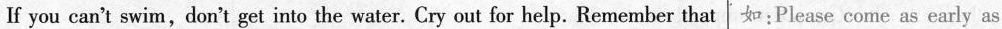
If you can't swim, don't get into the water. Cry out for help. Remember that 如：Please come as early as